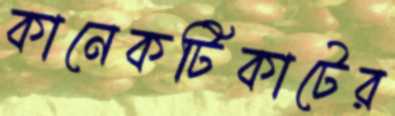
কানেকটিকাটের